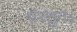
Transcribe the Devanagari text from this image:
प्रस्तुत।